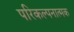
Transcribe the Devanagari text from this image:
परिकल्‍पनात्‍मक